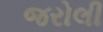
જરોલી